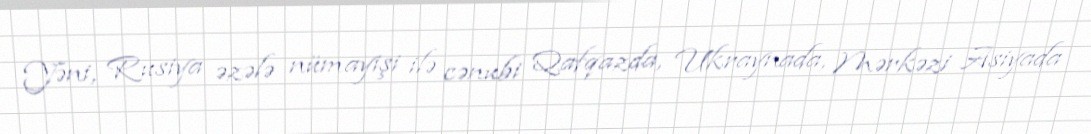
Yəni, Rusiya əzələ nümayişi ilə cənubi Qafqazda, Ukraynada, Mərkəzi Asiyada